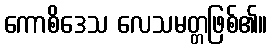
ကောစိဒေသ လေသမတ္တဖြစ်၏။